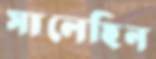
সালেহিন